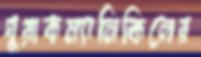
ঘুরাকম্যানিকিনের